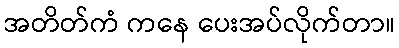
အတိတ်ကံ ကနေ ပေးအပ်လိုက်တာ။